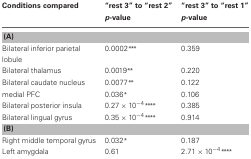
| Conditions compared | “rest 3” to “rest 2” p-value | “rest 3” to “rest 1” p-value |
 | --- | --- | --- |
 | <COLSPAN=3> (A) |
 | Bilateral inferior parietal | 0.0002*** | 0.359 |
 | lobule |  |  |
 | Bilateral thalamus | 0.0019** | 0.220 |
 | Bilateral caudate nucleus | 0.0077** | 0.122 |
 | medial PFC | 0.036* | 0.106 |
 | Bilateral posterior insula | 0.27 × 10−4**** | 0.385 |
 | Bilateral lingual gyrus | 0.35 × 10−4**** | 0.914 |
 | <COLSPAN=3> (B) |
 | Right middle temporal gyrus | 0.032* | 0.187 |
 | Left amygdala | 0.61 | 2.71 × 10−4**** |